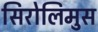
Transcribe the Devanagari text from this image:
सिरोलिमुस